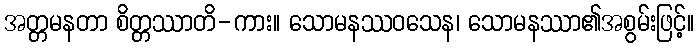
အတ္တမနတာ စိတ္တဿာတိ-ကား။ သောမနဿဝသေန၊ သောမနဿာ၏အစွမ်းဖြင့်။